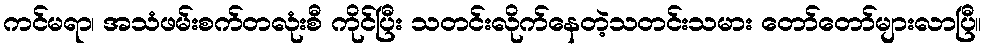
ကင်မရာ၊ အသံဖမ်းစက်တလုံးစီ ကိုင်ပြီး သတင်းလိုက်နေတဲ့သတင်းသမား တော်တော်များလာပြီ။